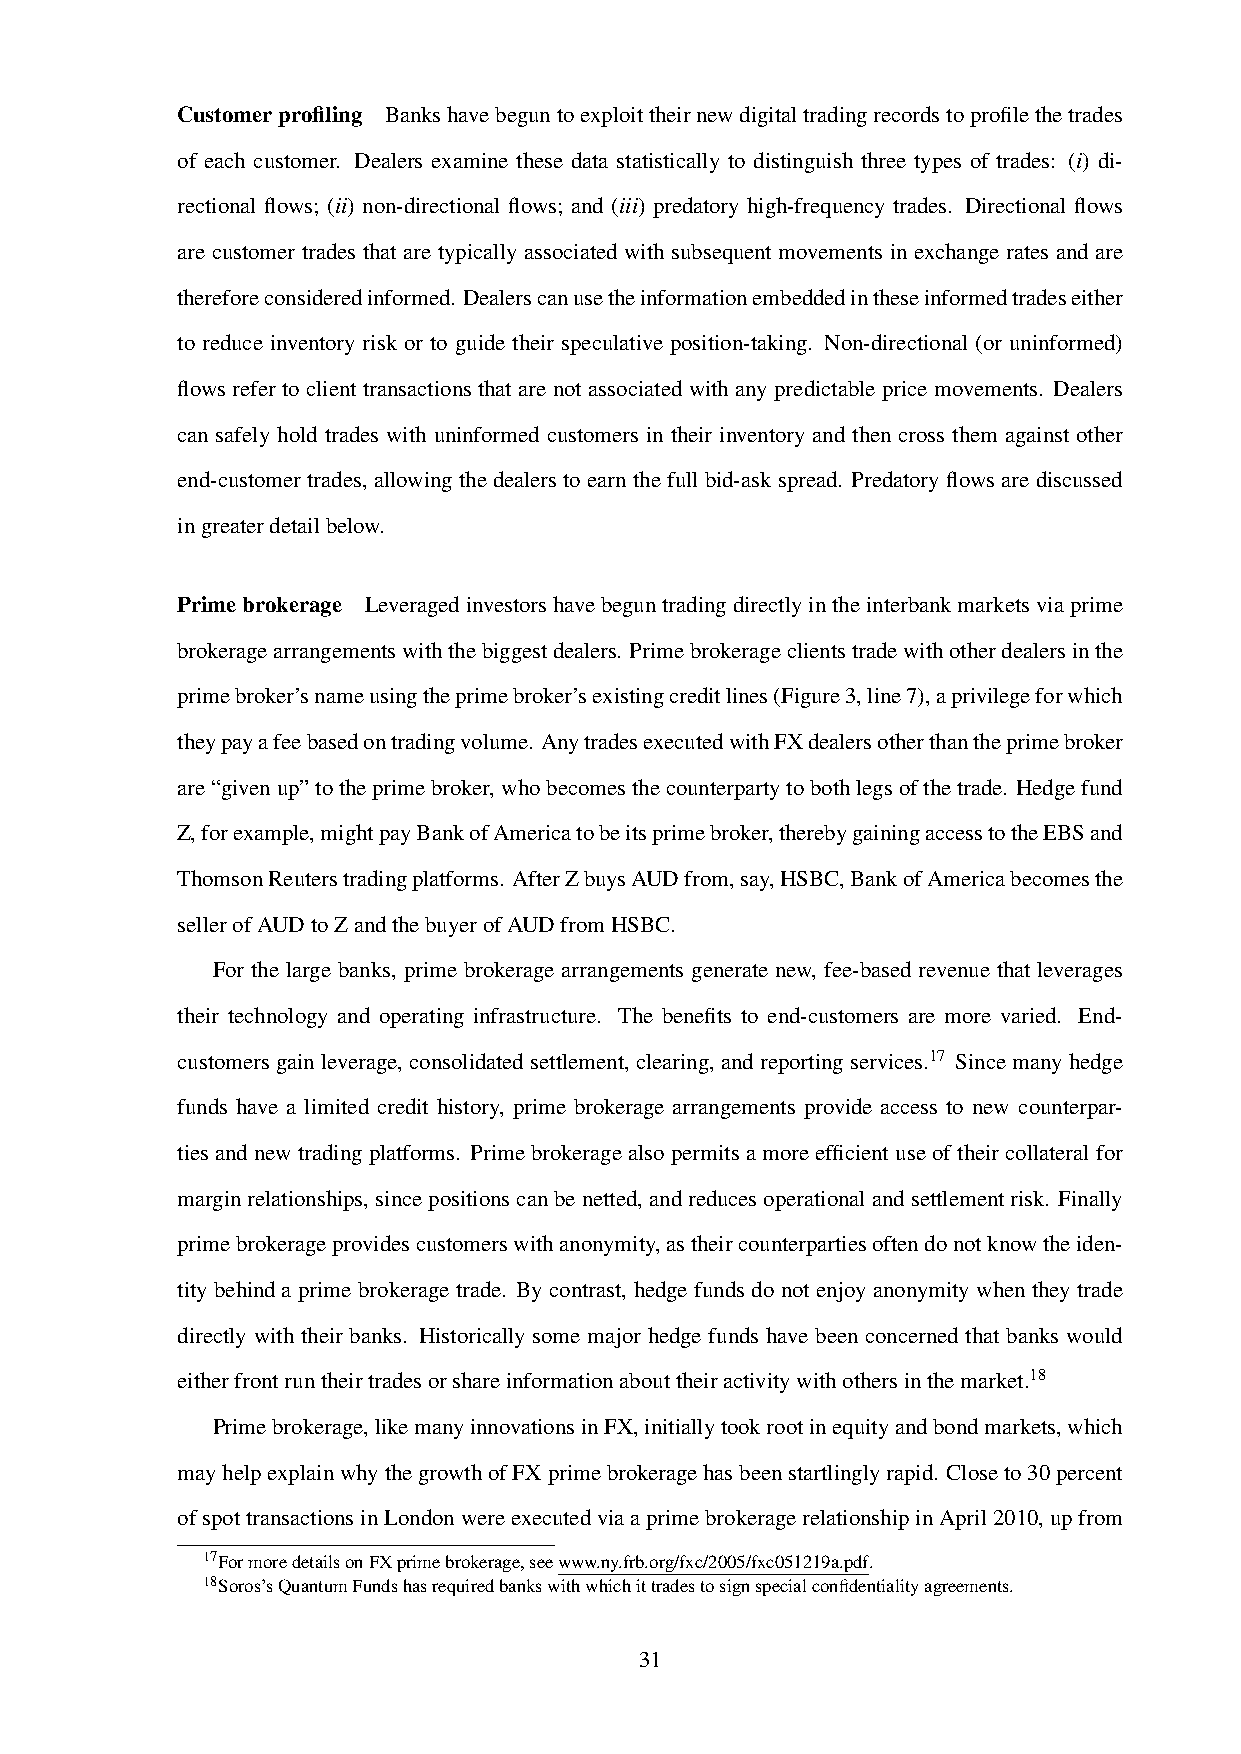
Customerprofiling Bankshavebeguntoexploittheirnewdigitaltradingrecordstoprofilethetrades
 of each customer. Dealers examine these data statistically to distinguish three types of trades: (i) di-
 rectional flows; (ii) non-directional flows; and (iii) predatory high-frequency trades. Directional flows
 are customer trades that are typically associated with subsequent movements in exchange rates and are
 thereforeconsideredinformed. Dealerscanusetheinformationembeddedintheseinformedtradeseither
 to reduce inventory risk or to guide their speculative position-taking. Non-directional (or uninformed)
 flows refer to client transactions that are not associated with any predictable price movements. Dealers
 can safely hold trades with uninformed customers in their inventory and then cross them against other
 end-customertrades, allowingthedealerstoearn thefullbid-askspread. Predatoryflowsarediscussed
 ingreaterdetailbelow.
 Primebrokerage Leveragedinvestorshavebeguntradingdirectlyintheinterbankmarketsviaprime
 brokeragearrangementswiththebiggestdealers. Primebrokerageclientstradewithotherdealersinthe
 primebroker’snameusingtheprimebroker’sexistingcreditlines(Figure3,line7),aprivilegeforwhich
 theypayafeebasedontradingvolume. AnytradesexecutedwithFXdealersotherthantheprimebroker
 are“givenup”totheprimebroker,whobecomesthecounterpartytobothlegsofthetrade. Hedgefund
 Z,forexample,mightpayBankofAmericatobeitsprimebroker,therebygainingaccesstotheEBSand
 ThomsonReuterstradingplatforms. AfterZbuysAUDfrom,say,HSBC,BankofAmericabecomesthe
 sellerofAUDtoZandthebuyerofAUDfromHSBC.
 For the large banks, prime brokerage arrangements generate new, fee-based revenue that leverages
 their technology and operating infrastructure. The benefits to end-customers are more varied. End-
 customersgainleverage, consolidatedsettlement, clearing, andreportingservices.17 Sincemanyhedge
 funds have a limited credit history, prime brokerage arrangements provide access to new counterpar-
 ties and new trading platforms. Prime brokerage also permits a more efficient use of their collateral for
 marginrelationships,sincepositionscanbenetted,andreducesoperationalandsettlementrisk. Finally
 primebrokerageprovidescustomerswithanonymity,astheircounterpartiesoftendonotknowtheiden-
 tity behind a prime brokerage trade. By contrast, hedge funds do not enjoy anonymity when they trade
 directly with their banks. Historically some major hedge funds have been concerned that banks would
 eitherfrontruntheirtradesorshareinformationabouttheiractivitywithothersinthemarket.18
 Primebrokerage,likemanyinnovationsinFX,initiallytookrootinequityandbondmarkets,which
 mayhelpexplainwhythegrowthofFXprimebrokeragehasbeenstartlinglyrapid. Closeto30percent
 ofspottransactionsinLondonwereexecutedviaaprimebrokeragerelationshipinApril2010,upfrom
 17FormoredetailsonFXprimebrokerage,seewww.ny.frb.org/fxc/2005/fxc051219a.pdf.
 18Soros’sQuantumFundshasrequiredbankswithwhichittradestosignspecialconfidentialityagreements.
 31